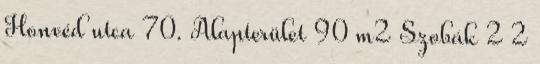
Honvéd utca 70. Alapterület 90 m2 Szobák 2 2